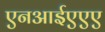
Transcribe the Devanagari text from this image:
एनआईएएए